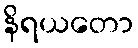
နိရယတော